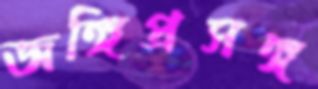
জঙ্গিপ্রসঙ্গ